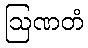
ဩဏတံ